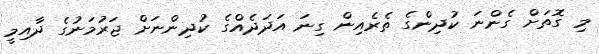
މި ގޮތަށް ގެންނަ ކުދިންގެ ތެރެއިން ގިނަ އަދަދެއްގެ ކުދިންނަށް ޖަރުމަނުގެ ދާއިމީ